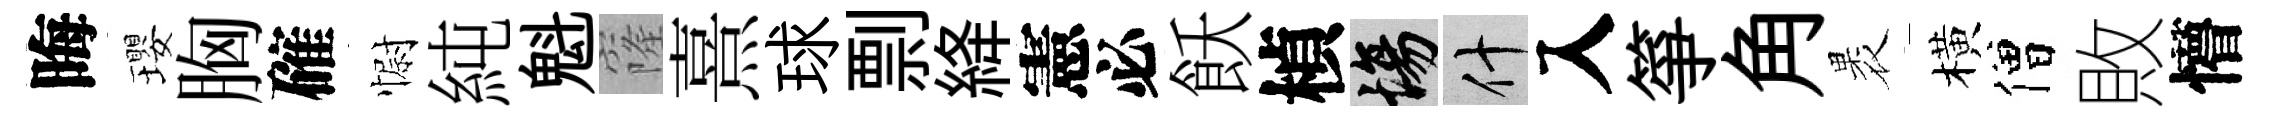
晦瓔胸確𢠢純魁窿熹球剽絳憲必飫楨場什入箏角褁橫僧敗懵